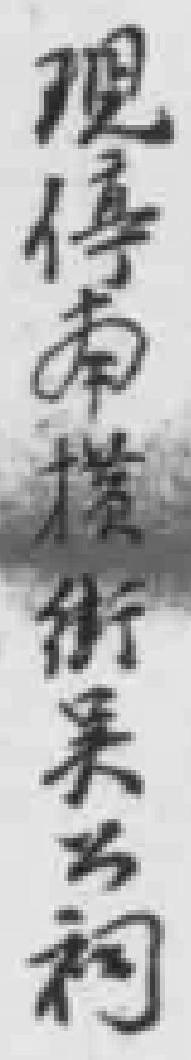
現停南*街吳公祠